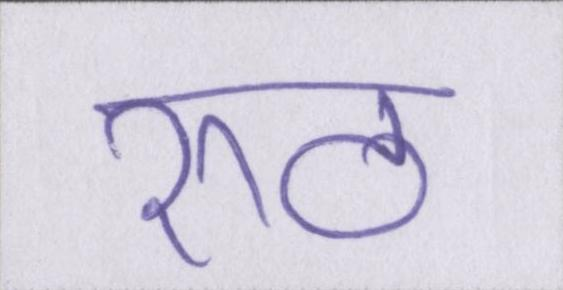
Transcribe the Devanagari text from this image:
रूठ